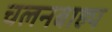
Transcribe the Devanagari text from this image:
चलनबाह्य